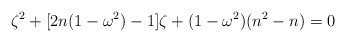
\begin{align*}\zeta^2+[2n(1-\omega^2)-1]\zeta+(1-\omega^2)(n^2-n)=0\end{align*}